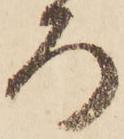
ろ